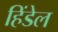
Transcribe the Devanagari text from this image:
हिंडेल